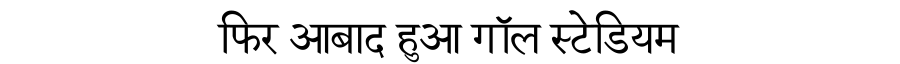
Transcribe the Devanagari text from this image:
फिर आबाद हुआ गॉल स्टेडियम